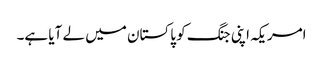
امریکہ اپنی جنگ کو پاکستان میں لے آیا ہے۔